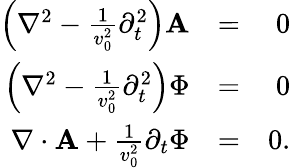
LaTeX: \begin{array}{rlr}{\left({\mathbf\nabla}^{2}-\frac{1}{v_{0}^{2}}\partial_{t}^{2}\right){\mathbf A}}&{=}&{0}\\ {\left(\nabla^{2}-\frac{1}{v_{0}^{2}}\partial_{t}^{2}\right)\Phi}&{=}&{0}\\ {{\mathbf\nabla}\cdot{\mathbf A}+\frac{1}{v_{0}^{2}}\partial_{t}\Phi}&{=}&{0.}\end{array}